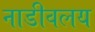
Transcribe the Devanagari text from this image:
नाडीवलय